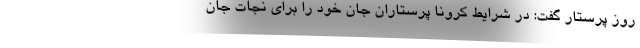
روز پرستار گفت: در شرایط کرونا پرستاران جان خود را برای نجات جان